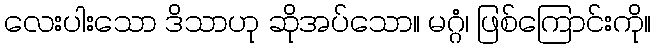
လေးပါးသော ဒိသာဟု ဆိုအပ်သော။ မဂ္ဂံ၊ ဖြစ်ကြောင်းကို။